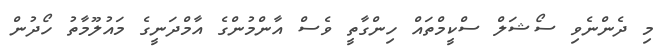
މި ދެންނެވި ސޯޝަލް ސްކީމްތައް ހިންގާތީ ވެސް އާންމުންގެ އާމްދަނީގެ މައުލޫމާތު ހޯދުން